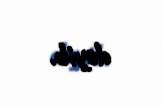
deyib.